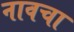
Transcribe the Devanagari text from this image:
नावचा